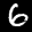
Label: 6